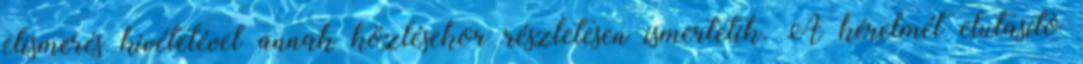
elismerés kivételével annak közlésekor részletesen ismertetik. A kérelmét elutasító